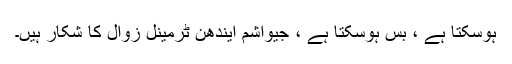
ہوسکتا ہے ، بس ہوسکتا ہے ، جیواشم ایندھن ٹرمینل زوال کا شکار ہیں۔